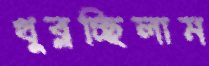
খুব্‌লচ্ছিলাম